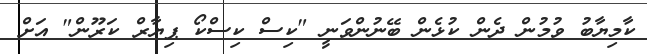
ކާމިޔާބު ވުމުން ދެން ކުޅެން ބޭނުންވަނީ "ކިސް ކިސްކޯ ޕިޔާރް ކަރޫން" އަށް